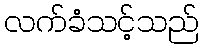
လက်ခံသင့်သည်